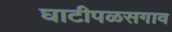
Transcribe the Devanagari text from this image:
घाटीपळसगाव